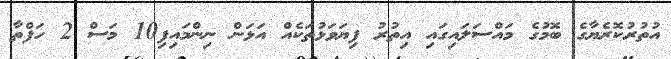
އުތުރުކޮރެޔާގެ ބޮމުގެ މައްސަލައިގައި އިތުރު ފިޔަވަޅުތަކެއް އަޅަން ނިންމައިފި10 މަސް 2 ހަފްތާ